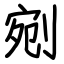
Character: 剜